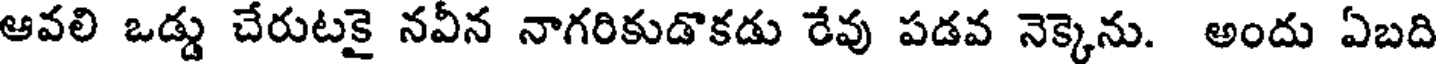
ఆవలి ఒడ్డు చేరుటకై నవీన నాగరికుడొకడు రేవు పడవ నెక్కెను. అందు ఏబది